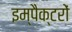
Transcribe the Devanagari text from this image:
इम्पैक्टरों